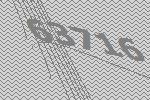
63716